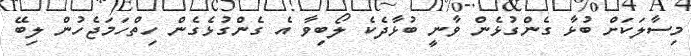
މިސާލަކަށް ބުޅާ ގެންގުޅެން ވާނީ ބުޅާދެކެ ލޯބިވާ އެ ގެންގުޅެގެން ހިތްހަމަޖެހުން ލިބޭ